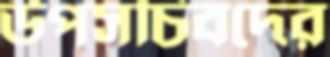
উপসচিবদের